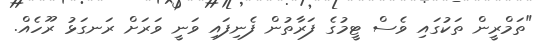
"ތަމްރީން ތަކުގައި ވެސް ޓީމުގެ ފަރާތުން ފެނިފައި ވަނީ ވަރަށް ރަނގަޅު ރޫހެއް.